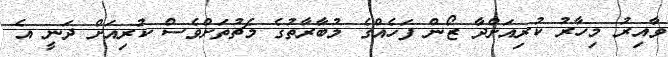
ވާއިރު މިހާރު ކުރިއަށްދާ ޒޯން ފަހެއްގެ މުބާރާތުގެ މެޗުތަށްވެސް ކުރިއަށް ދަނީ އެ